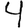
Digit: 4